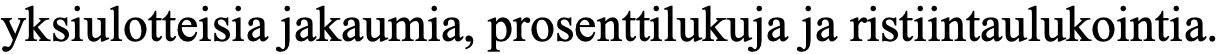
yksiulotteisia jakaumia, prosenttilukuja ja ristiintaulukointia.